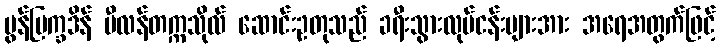
မွန်ပြက္ခဒိန် မီလန်တက္ကသိုလ် ဆောင်းဥတုသည် ခရီးသွားလုပ်ငန်းများအား အရေအတွက်ဖြင့်